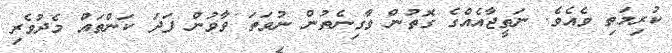
ކުރިމަތި ވެއެވެ. ނަތީޖާއެއްގެ ގޮތުން ވާގިނެތުން ނުވަތަ ވާވުން ފަދަ ކަންތައް މެދުވެރި